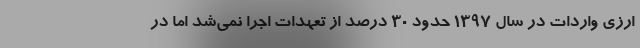
ارزی واردات در سال ۱۳۹۷ حدود ۳۰ درصد از تعهدات اجرا نمی‌شد اما در